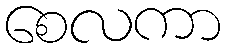
စေလကာ